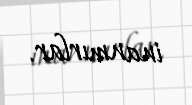
inanmırlar.